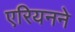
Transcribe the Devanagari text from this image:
एरियनने